Vaccination in the Punjab 1867-1880 - 1867-1880
Year: 1867
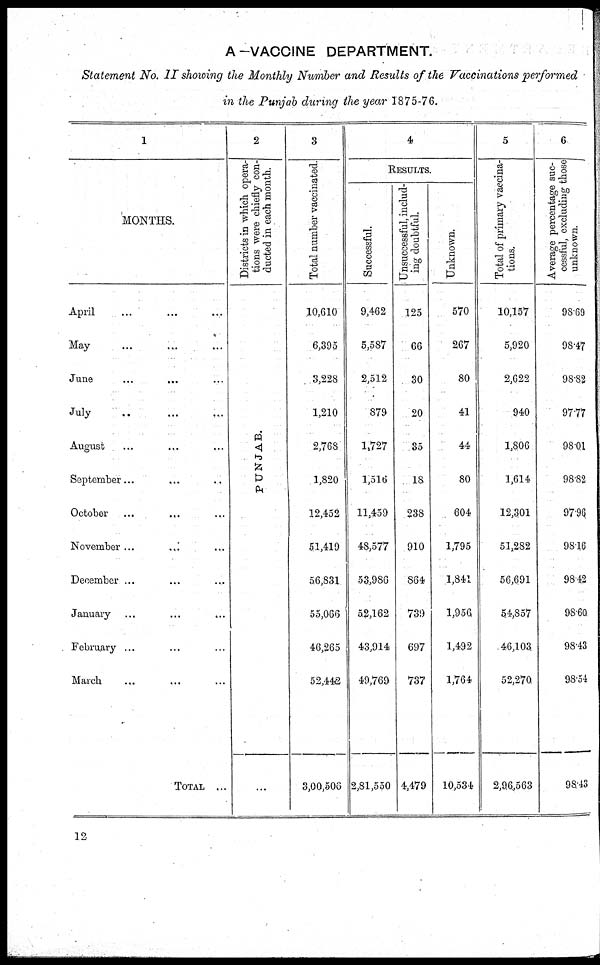
A-VACCINE DEPARTMENT.
Statement No. II showing the Monthly Number and Results of the Vaccinations performed
in the Punjab during the year 1875-76.
1
MONTHS.
April ... ... ...
May ... ... ...
June ... ... ...
July ... ... ...
August ... ... ...
September... ... ...
October ... ... ...
November ... ... ...
December ... ... ...
January ... ... ...
February ... ... ...
March ... ... ...
TOTAL ... ... ...
2
Districts in which opera¬
tions were chiefly con-
ducted in each month.
PUNJAB.
...
3
Total number vaccinated.
10,610
6,395
3,228
1,210
2,768
1,820
12,452
51,419
56,831
55,066
46,265
52,442
3,00,506
4
RESULTS.
Successful.
9,462
5,587
2,512
879
1,727
1,516
11,459
48,577
53,986
52,162
43,914
49,769
2,81,550
Unsuccessful, includ¬
ing doubtful.
125
66
30
20
35
18
238
910
864
739
697
737
4,479
Unknown.
570
267
80
41
44
80
604
1,795
1,841
1,956
1,492
1,764
10,534
5
Total of primary vaccina¬
tions.
10,157
5,920
2,622
940
1,806
1,614
12,301
51,282
56,691
54,857
46,103
52,270
2,96,563
6
Average percentage suc¬
cessful, excluding those
unknown.
98.69
98.47
98.82
97.77
98.01
98.82
97.96
98.16
98.42
98.60
98.43
98.54
98.43
12